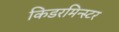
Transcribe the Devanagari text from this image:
किडरमिन्स्टर